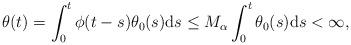
LaTeX: \begin{align*} \theta(t)=\int_0^t \phi(t-s)\theta_0(s)\textnormal{d}s\leq M_\alpha\int_0^t\theta_0(s)\textnormal{d}s<\infty,\end{align*}